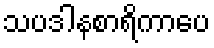
သပဒါနစာရိကာပေ